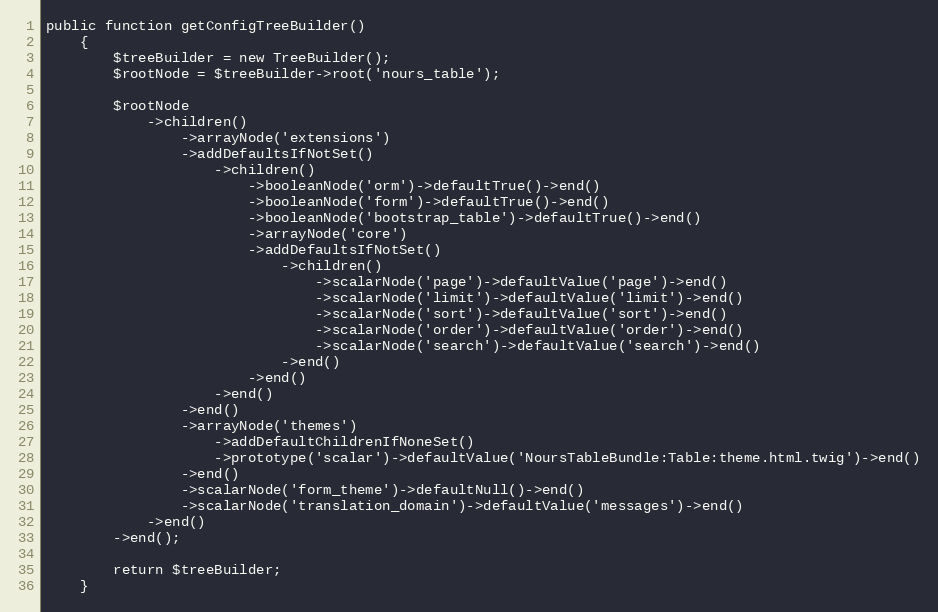
Language: PHP
public function getConfigTreeBuilder()
    {
        $treeBuilder = new TreeBuilder();
        $rootNode = $treeBuilder->root('nours_table');

        $rootNode
            ->children()
                ->arrayNode('extensions')
                ->addDefaultsIfNotSet()
                    ->children()
                        ->booleanNode('orm')->defaultTrue()->end()
                        ->booleanNode('form')->defaultTrue()->end()
                        ->booleanNode('bootstrap_table')->defaultTrue()->end()
                        ->arrayNode('core')
                        ->addDefaultsIfNotSet()
                            ->children()
                                ->scalarNode('page')->defaultValue('page')->end()
                                ->scalarNode('limit')->defaultValue('limit')->end()
                                ->scalarNode('sort')->defaultValue('sort')->end()
                                ->scalarNode('order')->defaultValue('order')->end()
                                ->scalarNode('search')->defaultValue('search')->end()
                            ->end()
                        ->end()
                    ->end()
                ->end()
                ->arrayNode('themes')
                    ->addDefaultChildrenIfNoneSet()
                    ->prototype('scalar')->defaultValue('NoursTableBundle:Table:theme.html.twig')->end()
                ->end()
                ->scalarNode('form_theme')->defaultNull()->end()
                ->scalarNode('translation_domain')->defaultValue('messages')->end()
            ->end()
        ->end();

        return $treeBuilder;
    }